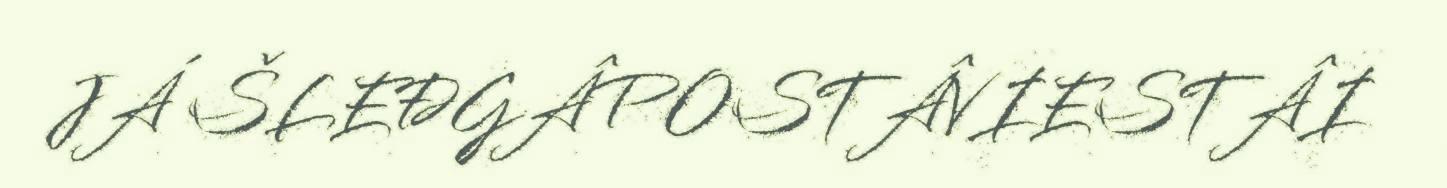
JÁ ŠLEĐGÂPOSTÂVIESTÂI